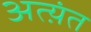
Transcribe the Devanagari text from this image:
अत्य़ंत